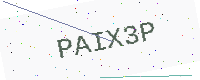
Text: PAIX3P